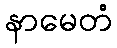
နာမေတံ